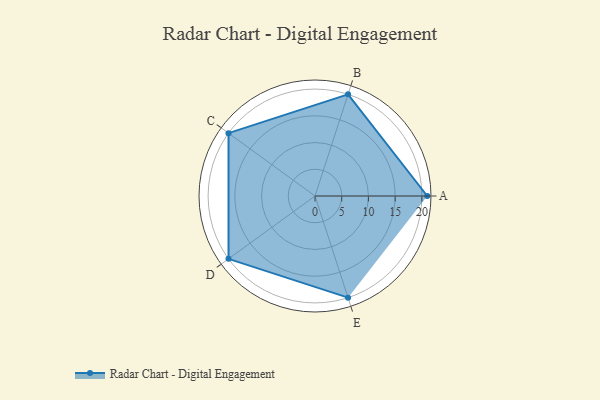
{"axis": {"x": "Skill", "y": "Score"}, "legend": ["Profile"], "data": [{"x": "A", "y": 21.0, "type": "Profile"}, {"x": "B", "y": 20, "type": "Profile"}, {"x": "C", "y": 20, "type": "Profile"}, {"x": "D", "y": 20, "type": "Profile"}, {"x": "E", "y": 20, "type": "Profile"}]}